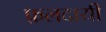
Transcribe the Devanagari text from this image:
फ़लदायी